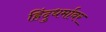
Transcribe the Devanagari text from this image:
हिंदुधर्मावर